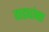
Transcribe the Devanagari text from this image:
गड्यांना